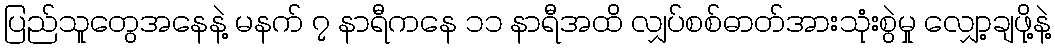
ပြည်သူတွေအနေနဲ့ မနက် ၇ နာရီကနေ ၁၁ နာရီအထိ လျှပ်စစ်ဓာတ်အားသုံးစွဲမှု လျှော့ချဖို့နဲ့